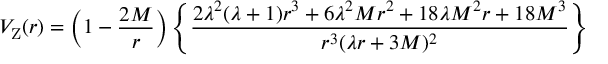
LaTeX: V _ { \mathrm { Z } } ( r ) = \left( 1 - { \frac { 2 M } { r } } \right) \left\{ \frac { 2 \lambda ^ { 2 } ( \lambda + 1 ) r ^ { 3 } + 6 \lambda ^ { 2 } M r ^ { 2 } + 1 8 \lambda M ^ { 2 } r + 1 8 M ^ { 3 } } { r ^ { 3 } ( \lambda r + 3 M ) ^ { 2 } } \right\}